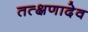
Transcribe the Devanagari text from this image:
तत्क्षणादेव